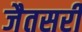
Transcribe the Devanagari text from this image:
जैतसरी